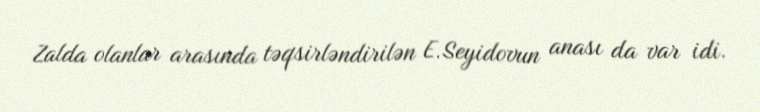
Zalda olanlar arasında təqsirləndirilən E.Seyidovun anası da var idi.